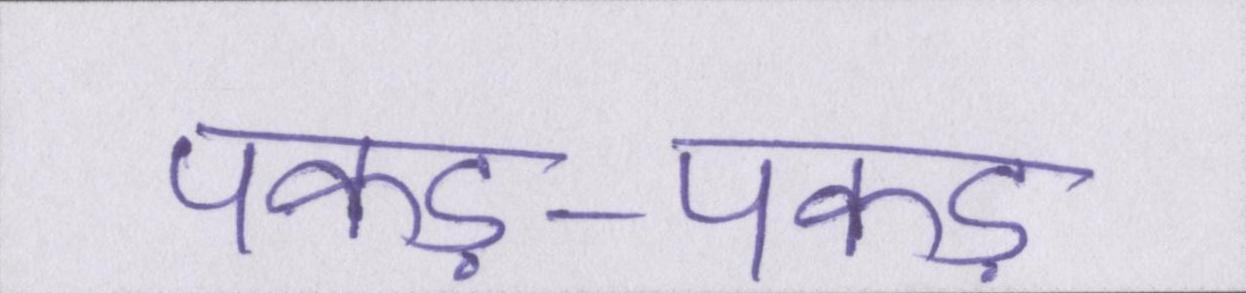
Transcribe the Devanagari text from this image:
पकड़-पकड़